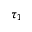
\tau _ { 1 }